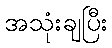
အသုံးချပြီး